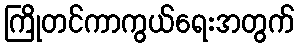
ကြိုတင်ကာကွယ်ရေးအတွက်